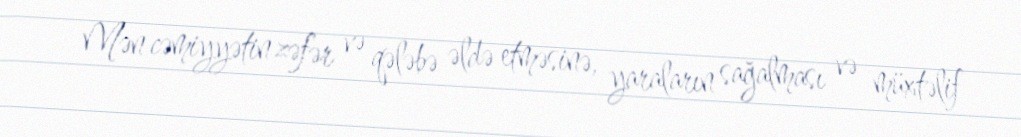
Mən cəmiyyətin zəfər və qələbə əldə etməsinə, yaraların sağalması və müxtəlif